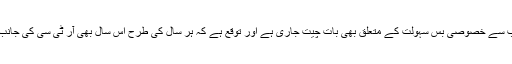
طلبہ کو ا متحانی مراکز تک پہنچانے کے لیے آر ٹی سی کی جانب سے خصوصی بس سہولت کے متعلق بھی بات چیت جاری ہے اور توقع ہے کہ ہر سال کی طرح اس سال بھی آر ٹی سی کی جانب سے امتحانات کے لیے خصوصی بس سرویس چلائی جائے گی ۔